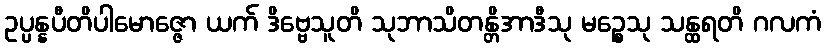
ဥပ္ပန္နပီတိပါမောဇ္ဇော ယက် ဒိဗ္ဗေသူတိ သုဘာသိတန္တိအာဒီသု မဉ္စေသု သန္ထရတိ ဂလကံ